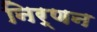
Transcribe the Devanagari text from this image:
निर्णन